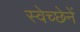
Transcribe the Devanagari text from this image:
स्वेच्छेनें